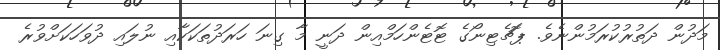
މަދުން ދަތުރުކުރަމުންނެވެ. ޕޮޗެޓިނޯގެ ޓޮޓެންހަމްއިން ދަނީ މާ ގިނަ ހަރަދުތަކަކާއި ނުލައި ދުވަހަކަށްވުރެ